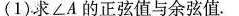
(1)求∠A的正弦值与余弦值。